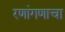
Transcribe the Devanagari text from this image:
रणांगणाचा